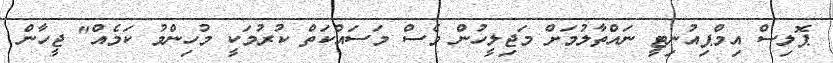
ޕޮލިސް އިމްޕިއުނިޓީ ނައްތާލުމަށް މަޖިލީހުން ވެސް މަސައްކަތް ކުރުމަކީ މުހިންމު ކަމެއް" ޖީހާން